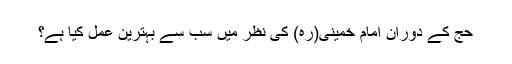
حج کے دوران امام خمینی(رہ) کی نظر میں سب سے بہترین عمل کیا ہے؟